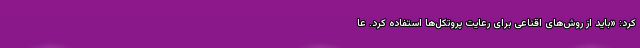
کرد: «باید از روش‌های اقناعی برای رعایت پروتکل‌ها استفاده کرد. عا